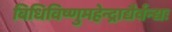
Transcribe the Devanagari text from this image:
विधिविष्णुमहेन्द्राद्यैर्वन्द्यः